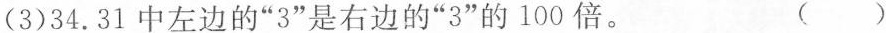
(3)34.31中左边的”3”是右边的”3”的100倍。 ( )